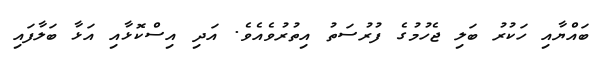
ބައްޔާއި ހަކުރު ބަލި ޖެހުމުގެ ފުރުސަތު އިތުރުވެއެވެ. އަދި އިސްކޮޅާއި އަޅާ ބަލާފައި